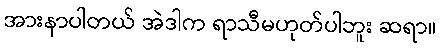
အားနာပါတယ် အဲဒါက ရာသီမဟုတ်ပါဘူး ဆရာ။